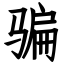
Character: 骗